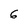
Character: 6